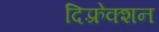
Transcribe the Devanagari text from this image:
दिफ़्रेक्शन